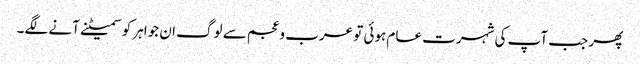
پھر جب آپ کی شہرت عام ہوئی تو عرب وعجم سے لوگ ان جواہر کو سمیٹنے آنے لگے۔